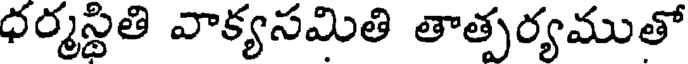
ధర్మస్థితి వాక్యసమితి తాత్పర్యముతో